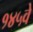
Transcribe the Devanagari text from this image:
१४५वे